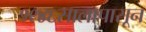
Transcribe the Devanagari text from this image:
१९४६सालापासून